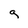
Character: q